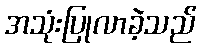
အသုံးပြုလာခဲ့သည်